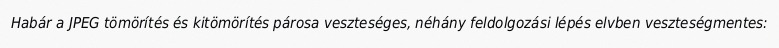
Habár a JPEG tömörítés és kitömörítés párosa veszteséges, néhány feldolgozási lépés elvben veszteségmentes: